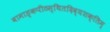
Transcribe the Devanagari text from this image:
वामाङ्कपीठस्थितदिव्यशक्तिम्